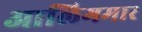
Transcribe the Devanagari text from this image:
आलिगमार